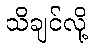
သိချင်လို့